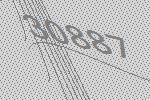
30887